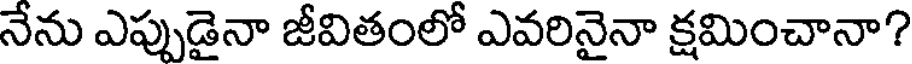
నేను ఎప్పుడైనా జీవితంలో ఎవరినైనా క్షమించానా?